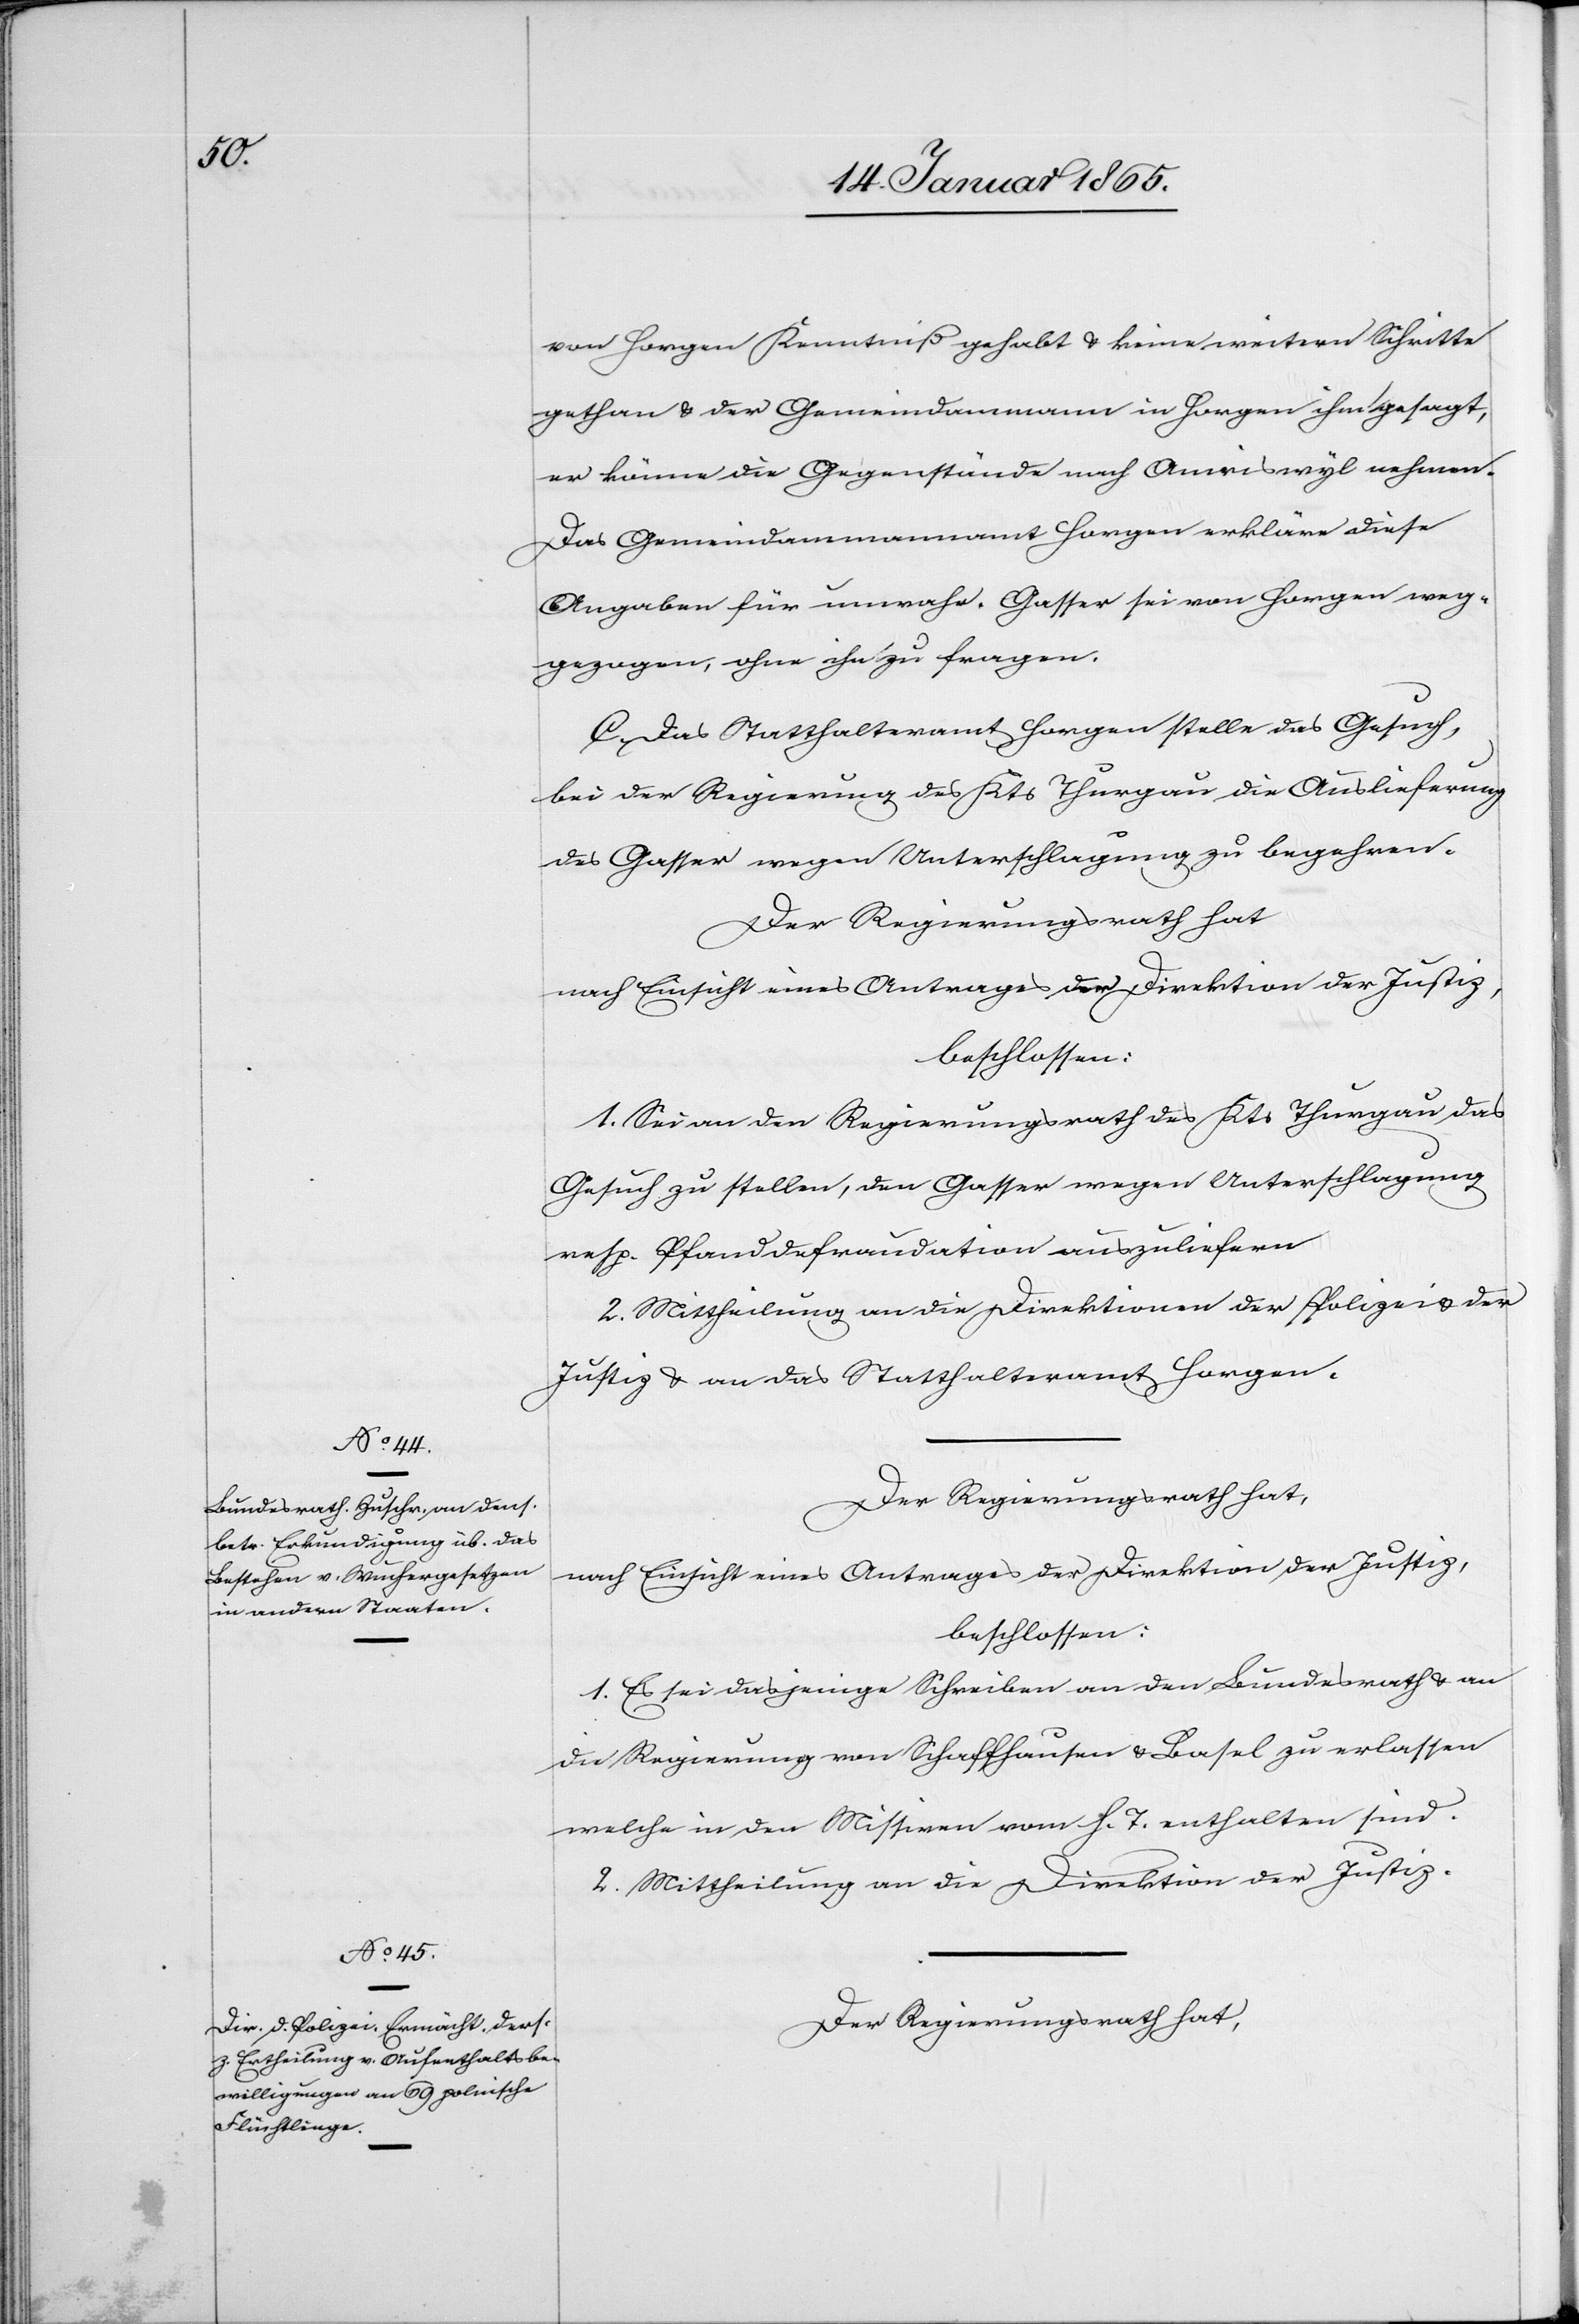
von Horgen Kenntniß gehabt u. keine weitern Schritte
gethan u. der Gemeindammann in Horgen ihm gesagt,
er könne die Gegenstände nach Amriswyl nehmen.
Das Gemeindammannamt Horgen erkläre diese
Angaben für unwahr. Gasser sei von Horgen weg¬
gezogen, ohne ihn zu fragen.
C. Das Statthalteramt Horgen stelle das Gesuch,
bei der Regierung des Kts Thurgau die Auslieferung
des Gasser wegen Unterschlagung zu begehren.
Der Regierungsrath hat
nach Einsicht eines Antrages der Direktion der Justiz,
beschlossen:
1. Sei an den Regierungsrath des Kts Thurgau das
Gesuch zu stellen, den Gasser wegen Unterschlagung
resp. Pfanddefraudation auszuliefern.
2. Mittheilung an die Direktion der Polizei u. der
Justiz u. an das Statthalteramt Horgen.
Der Regierungsrath hat,
nach Einsicht eines Antrages der Direktion der Justiz,
beschlossen:
1. Es sei dasjenige Schreiben an den Bundesrath u. an
die Regierung von Schaffhausen u. Basel zu erlassen
welche in den Missiven vom h. T. enthalten sind.
2. Mittheilung an die Direktion der Justiz.
Der Regierungsrath hat,